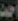
أحمد